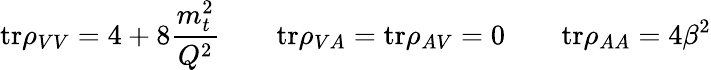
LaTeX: \mathrm{tr}\rho_{VV}=4+8{\frac{m_{t}^{2}}{Q^{2}}}\qquad\mathrm{tr}\rho_{VA}=\mathrm{tr}\rho_{AV}=0\qquad\mathrm{tr}\rho_{AA}=4\beta^{2}